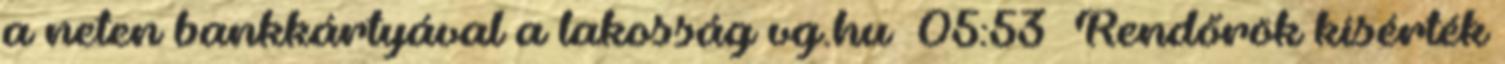
a neten bankkártyával a lakosság vg.hu 05:53 Rendőrök kísérték